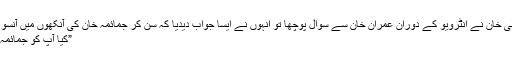
“ منصور علی خان نے انٹرویو کے دوران عمران خان سے سوال پوچھا تو انہوں نے ایسا جواب دیدیا کہ سن کر جمائمہ خان کی آنکھوں میں آنسو آ جائیں گے
”کیا آپ کو جمائمہ یاد آتی ہے۔